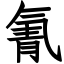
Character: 氰